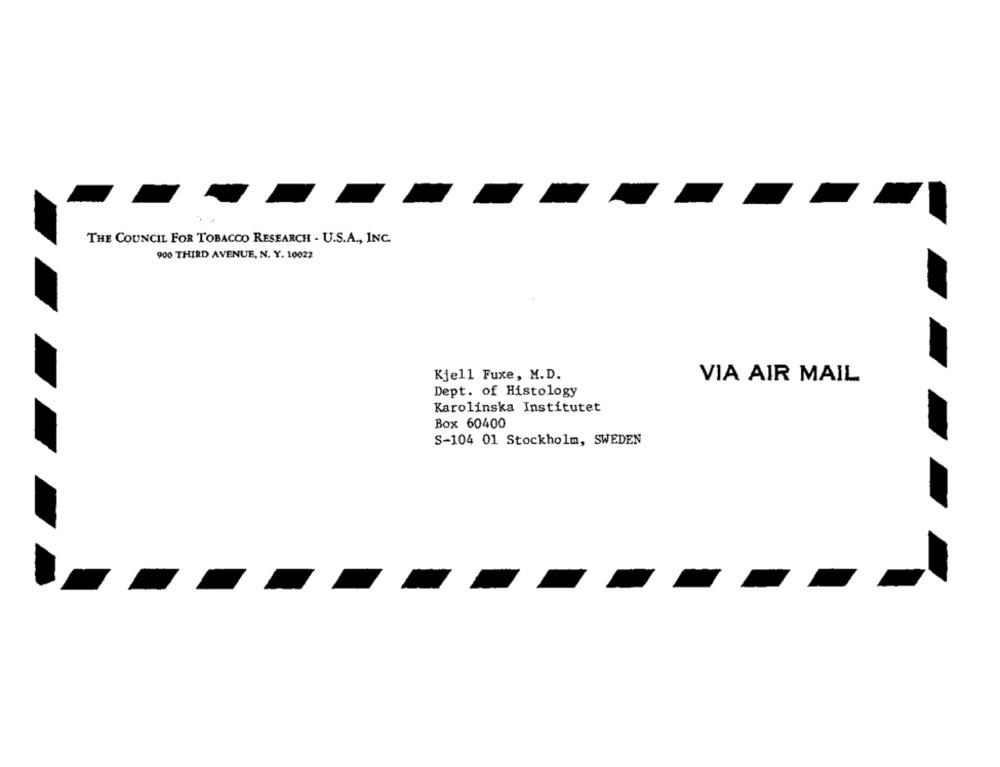
THE COUNCIL FOR TOBACCO RESEARCH - U.S.A ., INC.
900 THIRD AVENUE, N. Y. 10022
Kjell Fuxe, M.D.
VIA AIR MAIL
Dept. of Histology
Karolinska Institutet
Box 60400
S-104 01 Stockholm, SWEDEN